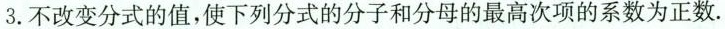
3.不改变分式的值，使下列分式的分子和分母的最高次项的系数为正数。